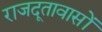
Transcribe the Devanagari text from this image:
राजदूतावासों